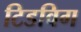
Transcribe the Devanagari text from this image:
टिडविग